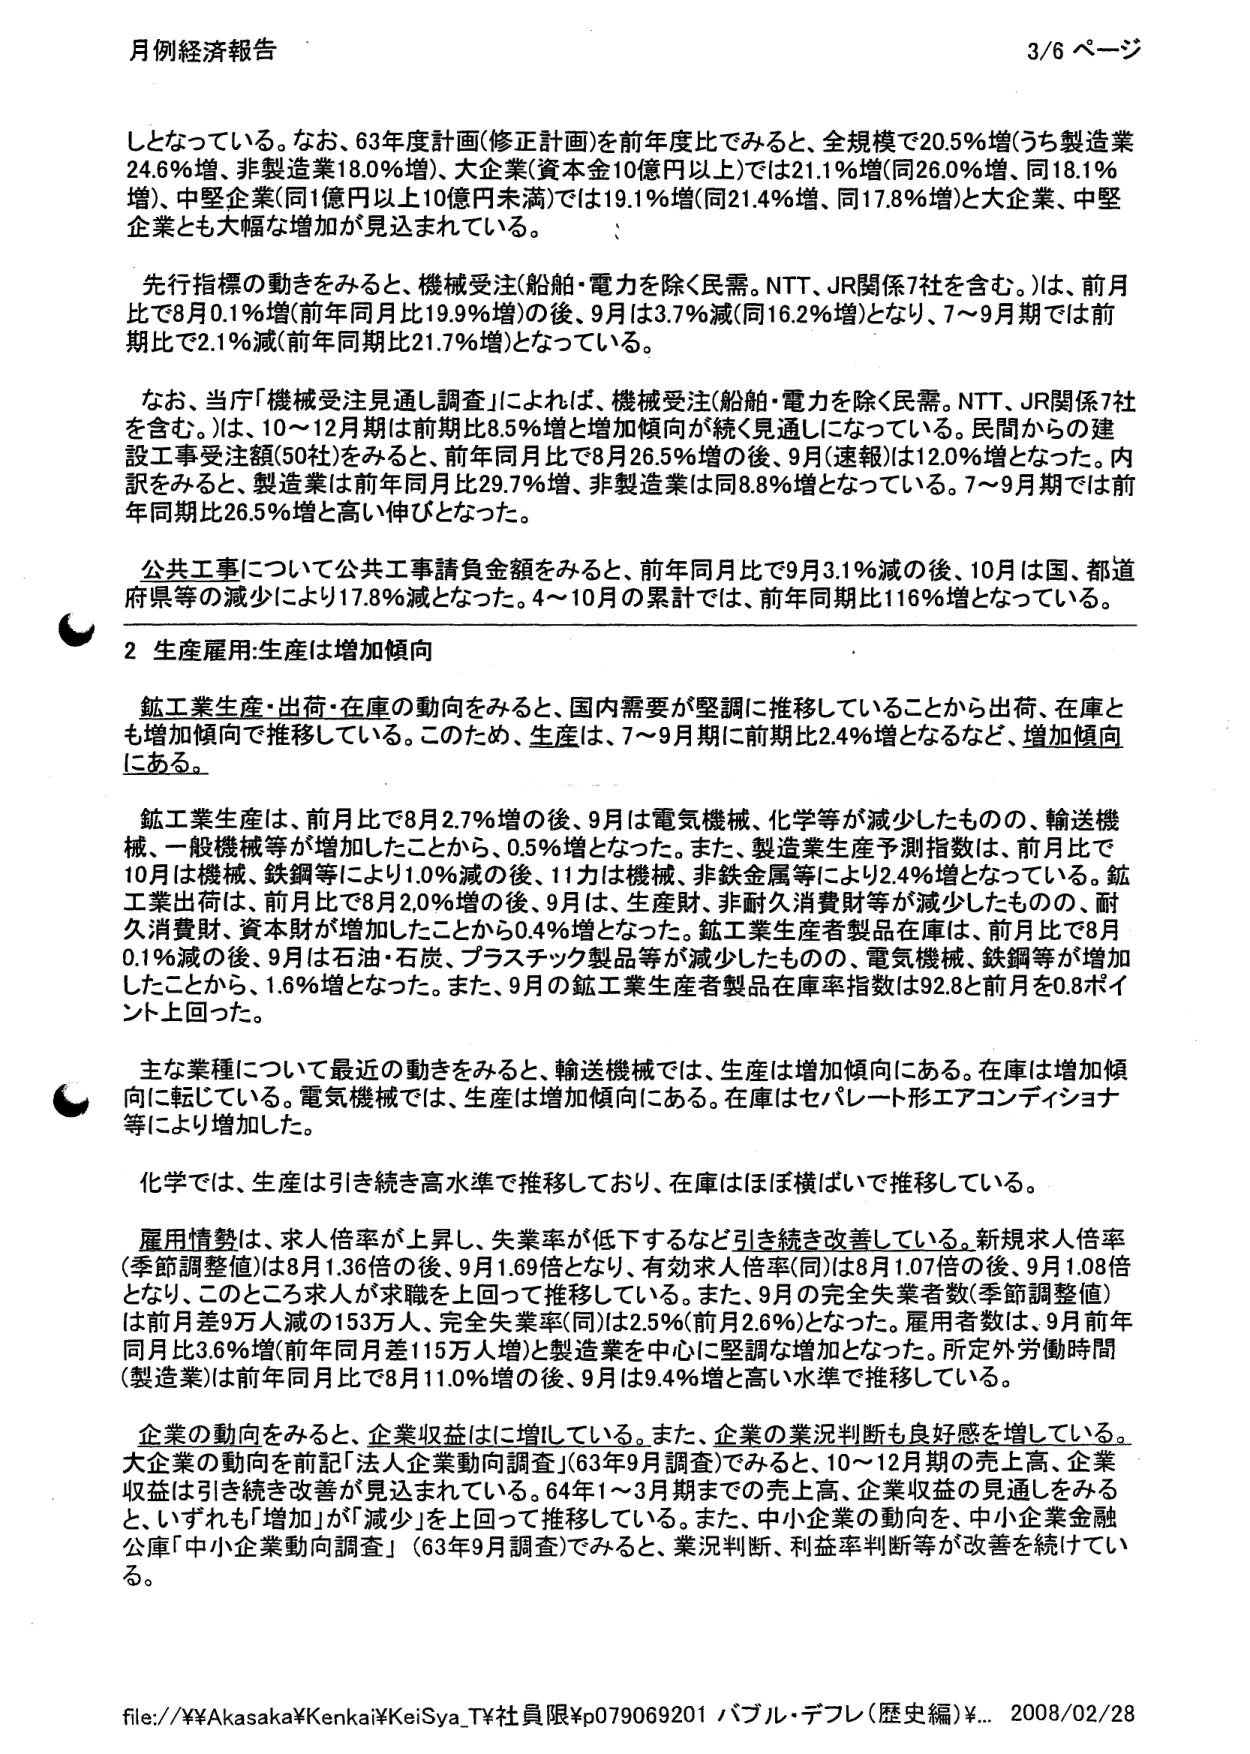
月例経済報告 3/6 ページ

しとなっている。なお、63年度計画(修正計画)を前年度比でみると、全規模で20.5%増(うち製造業24.6%増、非製造業18.0%増)、大企業(資本金10億円以上)では21.1%増(同26.0%増、同18.1%増)、中堅企業(同1億円以上10億円未満)では19.1%増(同21.4%増、同17.8%増)と大企業、中堅企業とも大幅な増加が見込まれている。

先行指標の動きをみると、機械受注(船舶・電力を除く民需。NTT、JR関係7社を含む。)は、前月比で8月0.1%増(前年同月比19.9%増)の後、9月は3.7%減(同16.2%増)となり、7～9月期では前期比で2.1%減(前年同期比21.7%増)となっている。

なお、当庁「機械受注見通し調査」によれば、機械受注(船舶・電力を除く民需。NTT、JR関係7社を含む。)は、10～12月期は前期比8.5%増と増加傾向が続く見通しになっている。民間からの建設工事受注額(50社)をみると、前年同月比で8月26.5%増の後、9月(速報)は12.0%増となった。内訳をみると、製造業は前年同月比29.7%増、非製造業は同8.8%増となっている。7～9月期では前年同期比26.5%増と高い伸びとなった。

公共工事について公共工事請負金額をみると、前年同月比で9月3.1%減の後、10月は国、都道府県等の減少により17.8%減となった。4～10月の累計では、前年同期比116%増となっている。

2 生産雇用:生産は増加傾向

鉱工業生産・出荷・在庫の動向をみると、国内需要が堅調に推移していることから出荷、在庫とも増加傾向で推移している。このため、生産は、7～9月期に前期比2.4%増となるなど、増加傾向にある。

鉱工業生産は、前月比で8月2.7%増の後、9月は電気機械、化学等が減少したものの、輸送機械、一般機械等が増加したことから、0.5%増となった。また、製造業生産予測指数は、前月比で10月は機械、鉄鋼等により1.0%減の後、11月は機械、非鉄金属等により2.4%増となっている。鉱工業出荷は、前月比で8月2.0%増の後、9月は、生産財、非耐久消費財等が減少したものの、耐久消費財、資本財が増加したことから0.4%増となった。鉱工業生産者製品在庫は、前月比で8月0.1%減の後、9月は石油・石炭、プラスチック製品等が減少したものの、電気機械、鉄鋼等が増加したことから、1.6%増となった。また、9月の鉱工業生産者製品在庫率指数は92.8と前月を0.8ポイント上回った。

主な業種について最近の動きをみると、輸送機械では、生産は増加傾向にある。在庫は増加傾向に転じている。電気機械では、生産は増加傾向にある。在庫はセパレート形エアコンディショナ等により増加した。

化学では、生産は引き続き高水準で推移しており、在庫はほぼ横ばいで推移している。

雇用情勢は、求人倍率が上昇し、失業率が低下するなど引き続き改善している。新規求人倍率(季節調整値)は8月1.36倍の後、9月1.69倍となり、有効求人倍率(同)は8月1.07倍の後、9月1.08倍となり、このところ求人が求職を上回って推移している。また、9月の完全失業者数(季節調整値)は前月差9万人減の153万人、完全失業率(同)は2.5%(前月2.6%)となった。雇用者数は、9月前年同月比3.6%増(前年同月差115万人増)と製造業を中心に堅調な増加となった。所定外労働時間(製造業)は前年同月比で8月11.0%増の後、9月は9.4%増と高い水準で推移している。

企業の動向をみると、企業収益はに増ししている。また、企業の業況判断も良好感を増している。大企業の動向を前記「法人企業動向調査」(63年9月調査)でみると、10～12月期の売上高、企業収益は引き続き改善が見込まれている。64年1～3月期までの売上高、企業収益の見通しをみると、いずれも「増加」が「減少」を上回って推移している。また、中小企業の動向を、中小企業金融公庫「中小企業動向調査」(63年9月調査)でみると、業況判断、利益率判断等が改善を続けてい る。

file://¥¥Akasaka¥Kenkai¥KeiSya_T¥社員限¥p079069201 バブル・デフレ(歴史編)¥... 2008/02/28